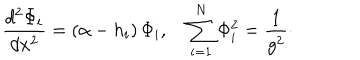
{ \frac { d ^ { 2 } \Phi _ { i } } { d x ^ { 2 } } } = ( \alpha - h _ { i } ) \, \Phi _ { i } , \quad \sum _ { i = 1 } ^ { N } \Phi _ { i } ^ { 2 } = { \frac { 1 } { g ^ { 2 } } } \cdotp